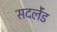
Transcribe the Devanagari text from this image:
सदर्लेंड